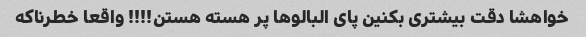
خواهشا دقت بیشترى بکنین پاى البالو‌ها پر هسته هستن!!!! واقعا خطرناکه